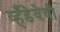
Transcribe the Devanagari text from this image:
व्हँडेवेची